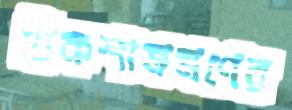
রিকশাভ্রমণের